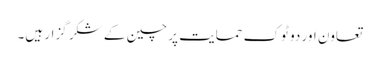
تعاون اور دو ٹوک حمایت پر چین کے شکر گزار ہیں۔